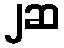
၂ဆ